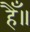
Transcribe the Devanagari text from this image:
हैँ॥